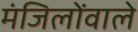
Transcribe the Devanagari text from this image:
मंजिलोंवाले